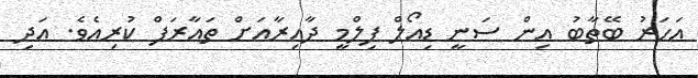
އަހަރު ބޭތާބު އިން ސަނީ ޑިއޯލް ފިލްމީ ދާއިރާއަށް ތަޢާރަފް ކުރިއެވެ. އަދި